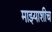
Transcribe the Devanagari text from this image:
माझ्याशीच